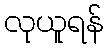
လုယူရန်